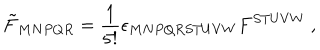
\tilde { F } _ { M N P Q R } = \frac { 1 } { 5 ! } \epsilon _ { M N P Q R S T U V W } F ^ { S T U V W } \ ,